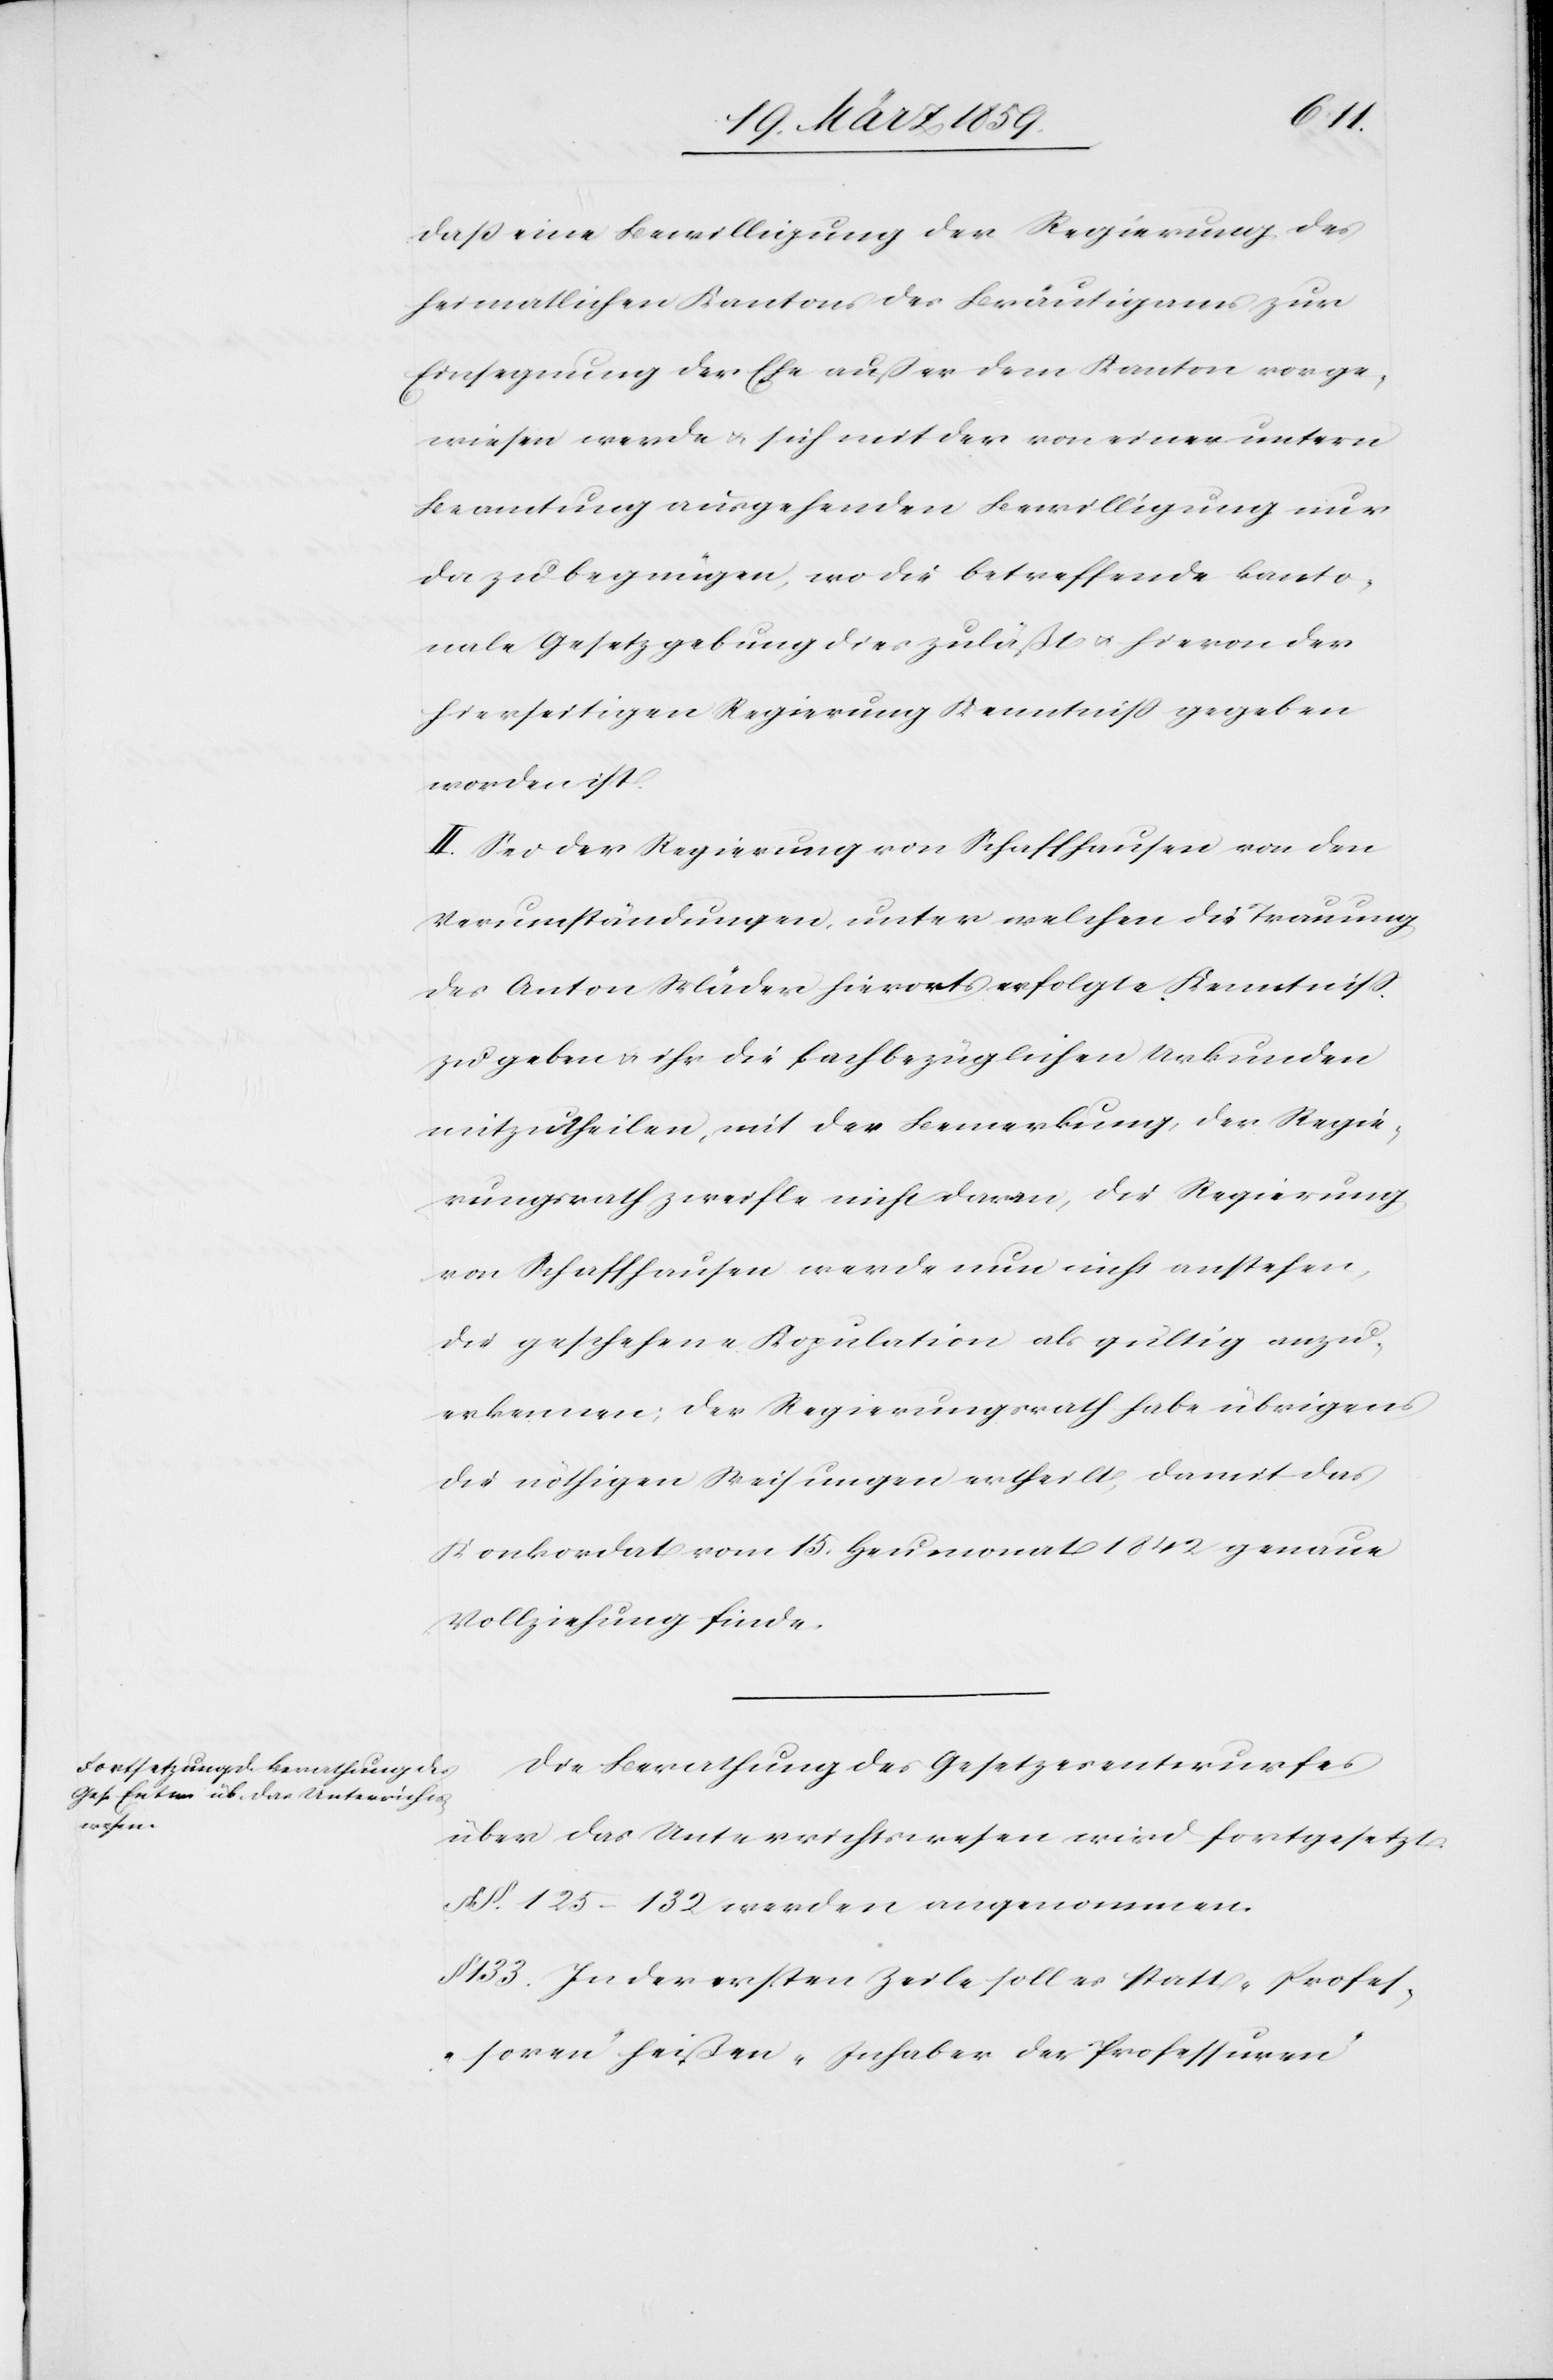
daß eine Bewilligung der Regierung des
heimatlichen Kantons des Bräutigams zur
Einsegnung der Ehe außer dem Kanton vorge¬
wiesen werde u. sich mit der von einer untern
Beamtung ausgehenden Bewilligung nur
da zu begnügen, wo die betreffende kanto¬
nale Gesetzgebung dies zuläßt u. hievon der
hierseitigen Regierung Kenntniß gegeben
worden ist.
II. Sei der Regierung von Schaffhausen von den
Verumständungen, unter welchen die Trauung
des Anton Mäder hierorts erfolgte Kenntniß
zu geben u. ihr die fachbezüglichen Urkunden
mitzutheilen, mit der Bemerkung, der Regie¬
rungsrath zweifle nicht daran, die Regierung
von Schaffhausen werde nun nicht anstehen,
die geschehene Kopulation als gültig anzu¬
erkennen; der Regierungsrath habe übrigens
die nöthigen Weisungen ertheilt, damit das
Konkordat vom 15. Heumonat 1842 genaue
Vollziehung finde.
Die Berathung des Gesetzesentwurfes
über das Unterrichtswesen wird fortgesetzt.
§§. 125–132 werden angenommen.
§ 133. In der ersten Zeile soll es statt „Profes¬
soren“ heißen „Inhaber der Professuren“